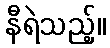
နီရဲသည့်။